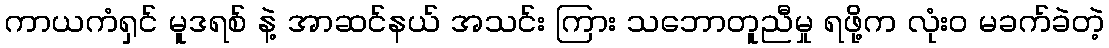
ကာယကံရှင် မူဒရစ် နဲ့ အာဆင်နယ် အသင်း ကြား သဘောတူညီမှု ရဖို့က လုံးဝ မခက်ခဲတဲ့